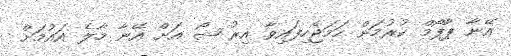
އޭނާ ޕާފޯމް ކުރުމަށް ހަމަޖެހިފައިވާ އިރު ޝޯ އަށް އޭނާ މާލެ އައުމަށް